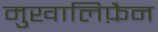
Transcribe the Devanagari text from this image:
मुखालिफ़ैन